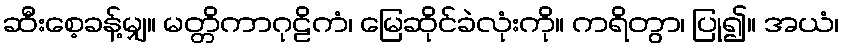
ဆီးစေ့ခန့်မျှ။ မတ္တိကာဂုဠိကံ၊ မြေဆိုင်ခဲလုံးကို။ ကရိတွာ၊ ပြု၍။ အယံ၊